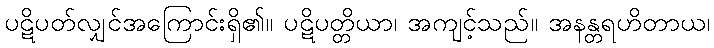
ပဋိပတ်လျှင်အကြောင်းရှိ၏။ ပဋိပတ္တိယာ၊ အကျင့်သည်။ အနန္တရဟိတာယ၊